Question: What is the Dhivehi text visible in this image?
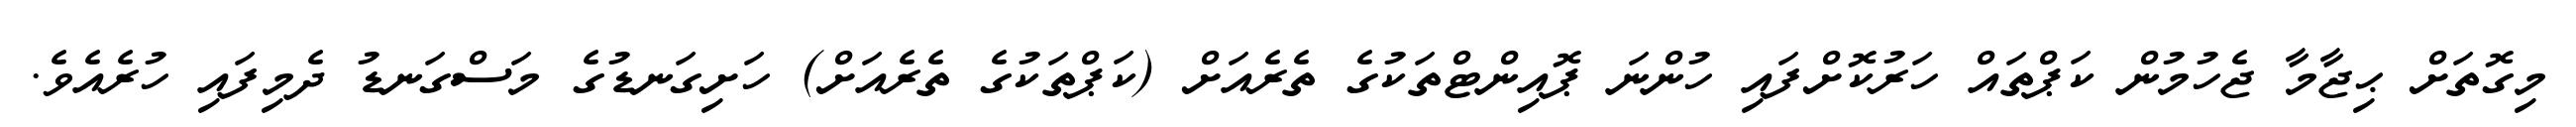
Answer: މިގޮތަށް ޙިޖާމާ ޖެހުމުން ކަޕްތައް ހަރުކޮށްފައި ހުންނަ ޕޮއިންޓްތަކުގެ ތެރެއަށް (ކަޕްތަކުގެ ތެރެއަށް) ހަށިގަނޑުގެ މަސްގަނޑު ދެމިފައި ހުރެއެވެ.